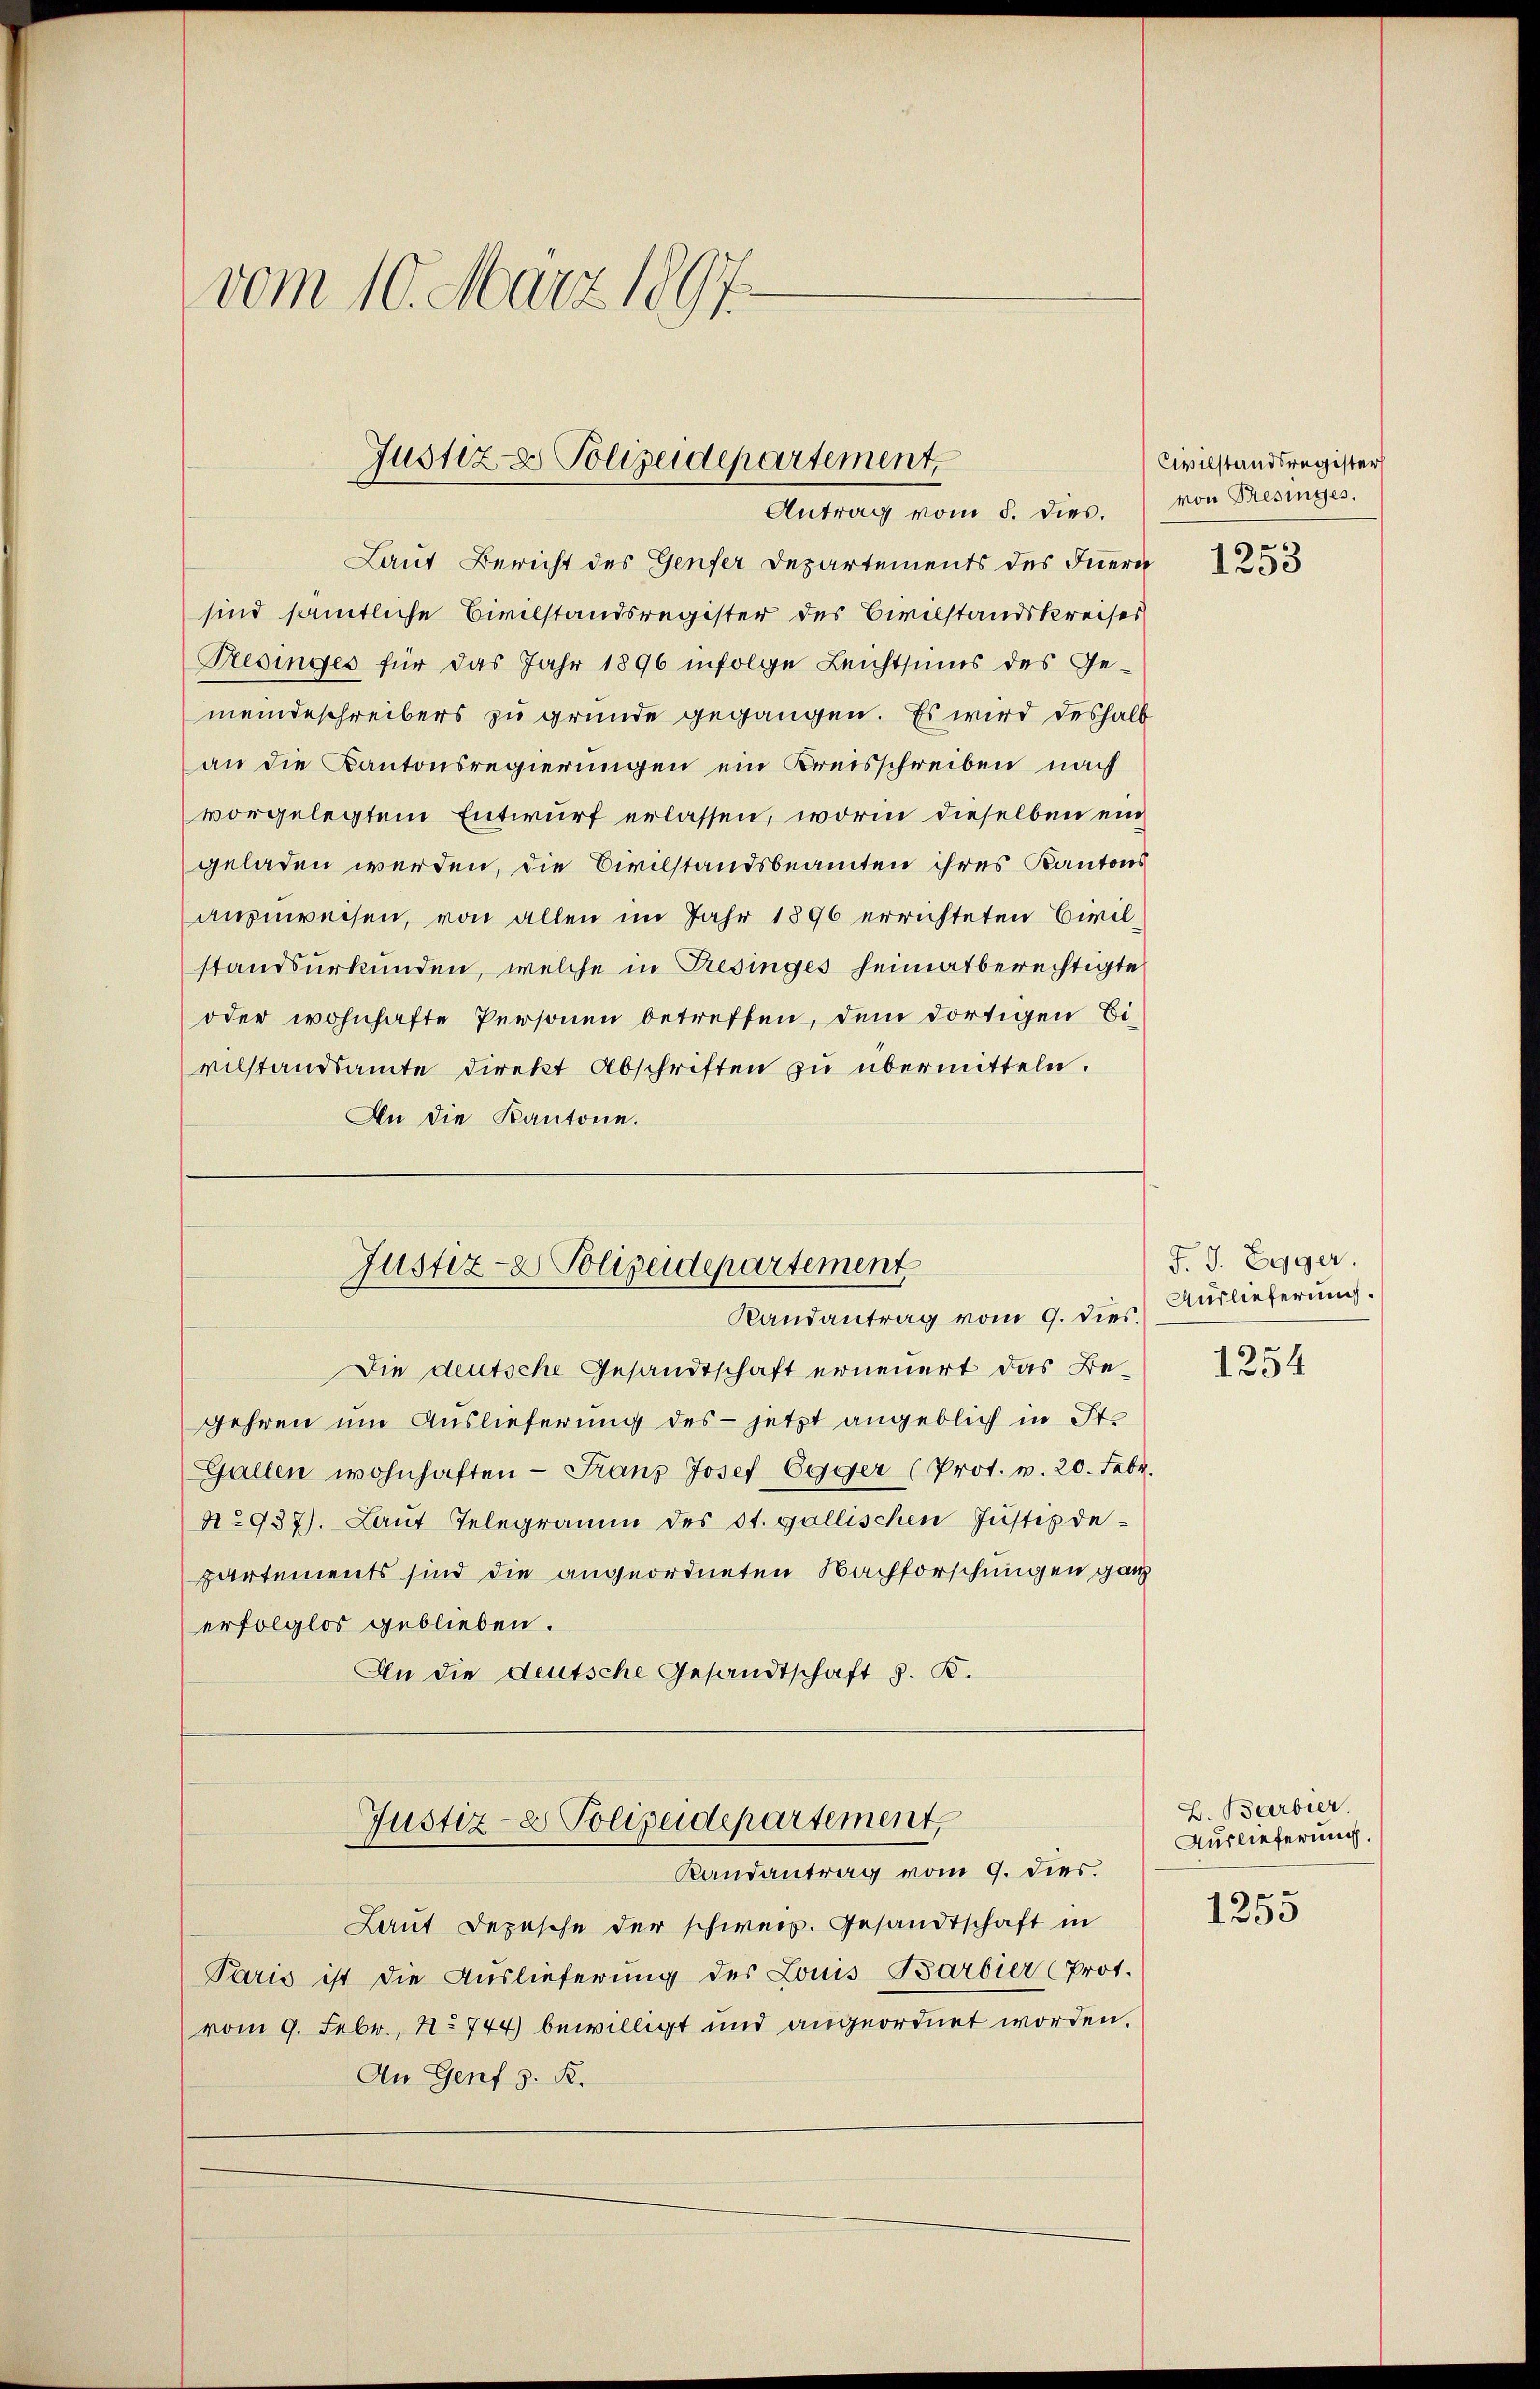
vom 10. März 1897.

Justiz & Polizeidepartement
Antrag vom 5. dies.

Laut Bericht des Genfer Departements des Innern
sind sämtliche Civilstandsregister des Civilstandskreises
Presinges für das Jahr 1896 infolge Leichtsums des Ge-
meindeschreibers zu gründe gegangen. Es wird deshalb
an die Kantonsregierungen ein Kreisschreiben nach
vorgelegtem Entwurf erlassen, worin dieselben ein
geladen werden, die Civilstandsbeamten ihres Kantons
anzuweisen, von allen im Jahr 1896 errichteten Civilstandsurkunden, welche in Tresinges heimatberechtigte
oder wohnhafte Personen betreffen, dem dortigen Eivilstandsamte Direkt Abschriften zu übermitteln.
An die Kantone.

Die deutsche Gesandtschaft erneuert das Begehren um Auslieferung des jetzt angeblich in St.
Gallen wohnhaften - Franz Josef Egger (Prot. v. 20. Febr.
N.937). Laut Telegramm des St. gallischen Justizdepartements sind die angeordneten Nachforschungen ganz
erfolglos geblieben.
An die deutsche Gesandtschaft z. B.

Justiz- & Polizeidepartement
Randantrag vom 9. dies.

Justiz- & Polizeidepartement,
Randantrag vom 9. dies.

Laut Depesche der schweiz. Gesandtschaft in
Paris ist die Auslieferung des Louis Barbier (Prot.
vom 9. Febr., No 744) bewilligt und angeordnet worden.
An Genf z. B.

Civilstandsregister
von Besinges.
e

1258

J. J. Egger.
Auslieferung.

1254

B. Barbier.
Auslieferung.

1255